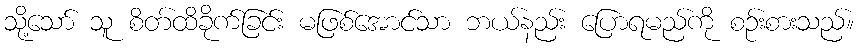
သို့သော် သူ စိတ်ထိခိုက်ခြင်း မဖြစ်အောင်သာ ဘယ်နည်း ပြောရမည်ကို စဉ်းစားသည်။